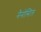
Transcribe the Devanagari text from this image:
नैनोसिल